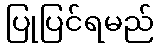
ပြုပြင်ရမည်